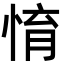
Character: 㥔